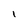
Character: I